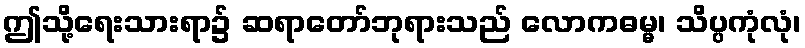
ဤသို့ရေးသားရာ၌ ဆရာတော်ဘုရားသည် လောကဓမ္မ၊ သိပ္ပကုံလုံ၊